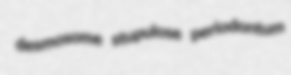
desmosome stupulose periodontum